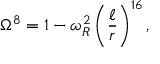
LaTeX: \Omega ^ { 8 } = 1 - \omega _ { R } ^ { 2 } \left( \frac { \ell } { r } \right) ^ { 1 6 } ,